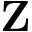
\mathbf { Z }